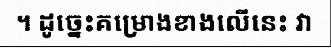
។ ដូច្នេះគម្រោងខាងលើនេះ វា